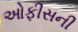
ઓફીસની